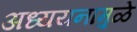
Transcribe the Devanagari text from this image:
अध्ययनामुळे